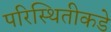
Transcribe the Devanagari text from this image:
परिस्थितीकडे